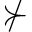
\nsucc